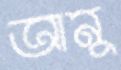
আনু